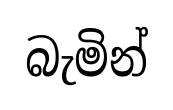
බැමින්